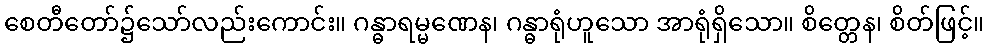
စေတီတော်၌သော်လည်းကောင်း။ ဂန္ဓာရမ္မဏေန၊ ဂန္ဓာရုံဟူသော အာရုံရှိသော။ စိတ္တေန၊ စိတ်ဖြင့်။